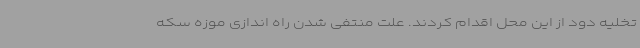
تخلیه دود از این محل اقدام کردند. علت منتفی شدن راه اندازی موزه سکه